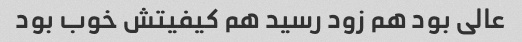
عالی بود هم زود رسید هم کیفیتش خوب بود